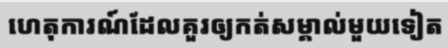
ហេតុការណ៍ដែលគួរឲ្យកត់សម្គាល់មួយទៀត